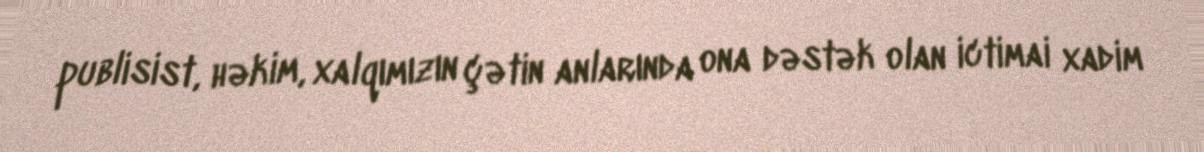
publisist, həkim, xalqımızın çətin anlarında ona dəstək olan ictimai xadim